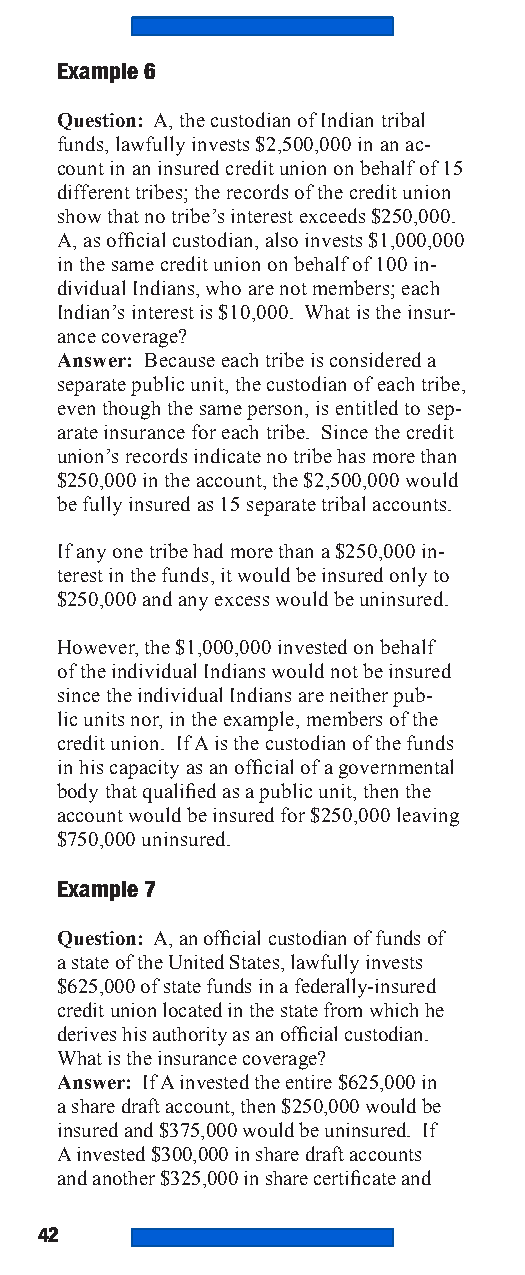
Example 6
 Question: A, the custodian of Indian tribal
 funds, lawfully invests $2,500,000 in an ac-
 count in an insured credit union on behalf of 15
 different tribes; the records of the credit union
 show that no tribe’s interest exceeds $250,000.
 A, as official custodian, also invests $1,000,000
 in the same credit union on behalf of 100 in-
 dividual Indians, who are not members; each
 Indian’s interest is $10,000. What is the insur-
 ance coverage?
 Answer: Because each tribe is considered a
 separate public unit, the custodian of each tribe,
 even though the same person, is entitled to sep-
 arate insurance for each tribe. Since the credit
 union’s records indicate no tribe has more than
 $250,000 in the account, the $2,500,000 would
 be fully insured as 15 separate tribal accounts.
 If any one tribe had more than a $250,000 in-
 terest in the funds, it would be insured only to
 $250,000 and any excess would be uninsured.
 However, the $1,000,000 invested on behalf
 of the individual Indians would not be insured
 since the individual Indians are neither pub-
 lic units nor, in the example, members of the
 credit union. If A is the custodian of the funds
 in his capacity as an official of a governmental
 body that qualified as a public unit, then the
 account would be insured for $250,000 leaving
 $750,000 uninsured.
 Example 7
 Question: A, an official custodian of funds of
 a state of the United States, lawfully invests
 $625,000 of state funds in a federally-insured
 credit union located in the state from which he
 derives his authority as an official custodian.
 What is the insurance coverage?
 Answer: If A invested the entire $625,000 in
 a share draft account, then $250,000 would be
 insured and $375,000 would be uninsured. If
 A invested $300,000 in share draft accounts
 and another $325,000 in share certificate and
 42